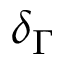
\delta _ { \Gamma }